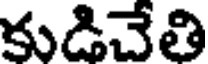
కుడిచేతి